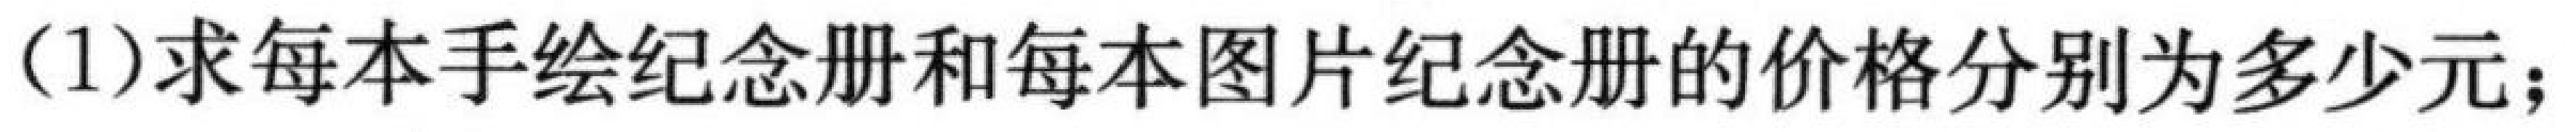
(1)求每本手绘纪念册和每本图片纪念册的价格分别为多少元；